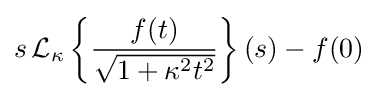
s\,{\cal {L}}_{\kappa }\left\{{\frac {f(t)}{\sqrt {1+\kappa ^{2}t^{2}}}}\right\}(s)-f(0)